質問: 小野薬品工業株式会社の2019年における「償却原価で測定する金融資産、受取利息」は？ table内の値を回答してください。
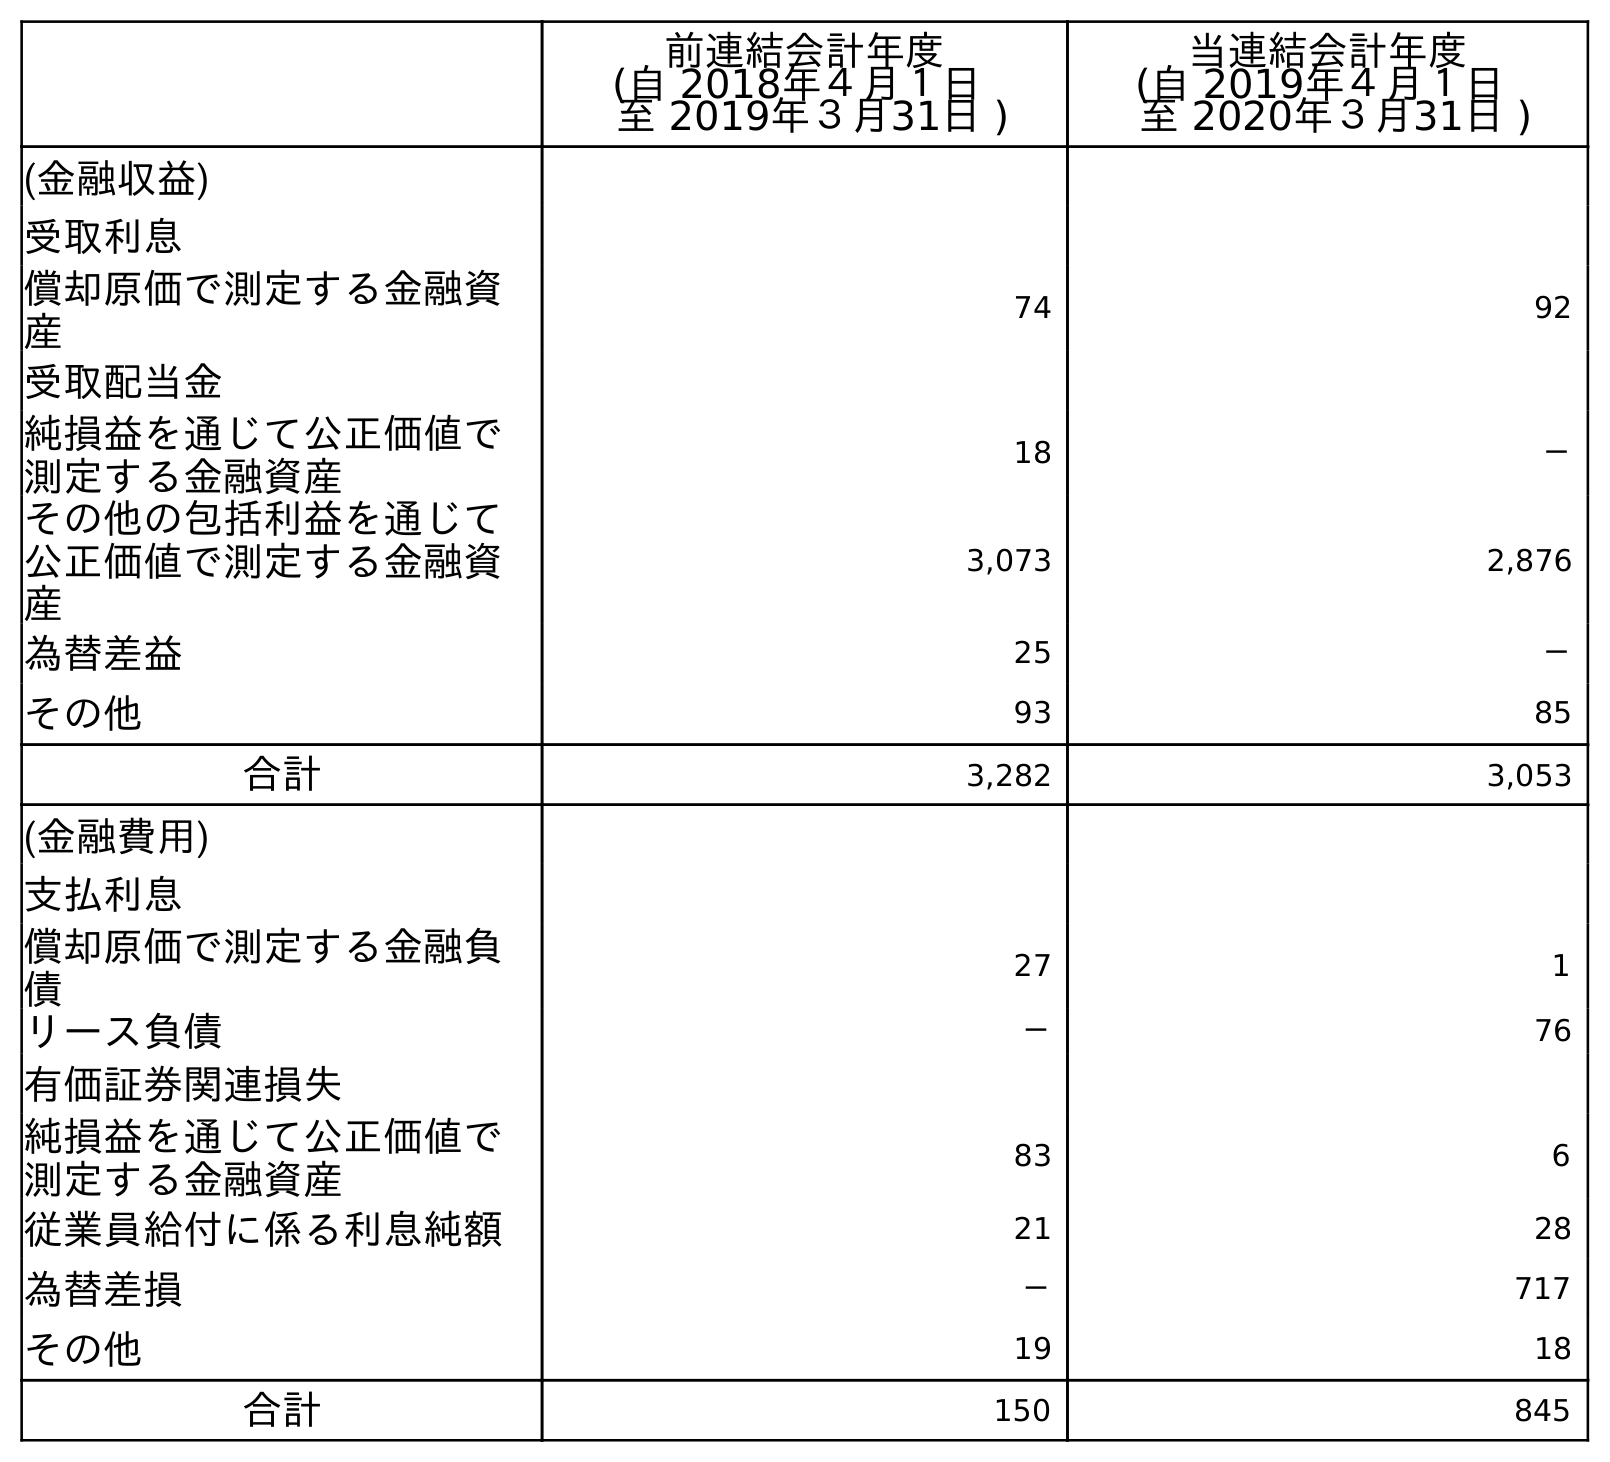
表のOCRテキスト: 前連結会計年度 (自 2018年４月１日 至 2019年３月31日 ) 当連結会計年度 (自 2019年４月１日 至 2020年３月31日 ) (金融収益) 受取利息 償却原価で測定する金融資 産 74 92 受取配当金 純損益を通じて公正価値で 測定する金融資産 18 － その他の包括利益を通じて 公正価値で測定する金融資 産 3,073 2,876 為替差益 25 － その他 93 85 合計 3,282 3,053 (金融費用) 支払利息 償却原価で測定する金融負 債 27 1 リース負債 － 76 有価証券関連損失 純損益を通じて公正価値で 測定する金融資産 83 6 従業員給付に係る利息純額 21 28 為替差損 － 717 その他 19 18 合計 150 845
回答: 74